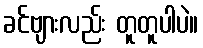
ခင်ဗျားလည်း တူတူပါပဲ။